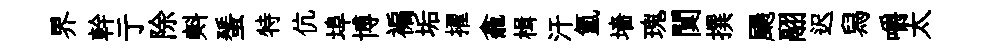
界幹亍除㪺蜑特伉埠博褊垢擢龕楫汗氲墻瑰闃撰颺翮迟舄嚼太